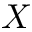
X